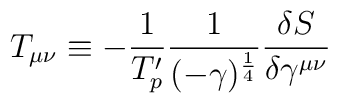
T_{\mu \nu} \equiv  -\frac{1}{T'_{p}} \frac{1}{(-\gamma )^{\frac{1}{4}}}\frac{\delta S}{\delta \gamma^{\mu \nu}}